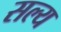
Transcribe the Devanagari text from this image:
सल्य